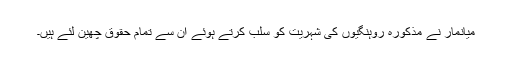
میانمار نے مذکورہ روہنگیوں کی شہریت کو سلب کرتے ہوئے ان سے تمام حقوق چھین لئے ہیں۔